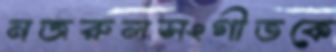
নজরুলসংগীতকে